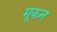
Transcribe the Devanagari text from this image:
मूकन